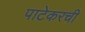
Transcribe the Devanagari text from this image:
पाटेकरची